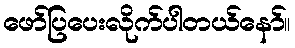
ဖော်ပြပေးလိုက်ပါတယ်နော်။